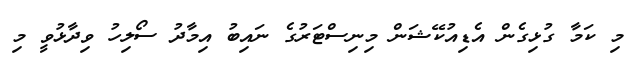
މި ކަމާ ގުޅިގެން އެޑިއުކޭޝަން މިނިސްޓަރުގެ ނައިބު އިމާދު ސޯލިހު ވިދާޅުވީ މި